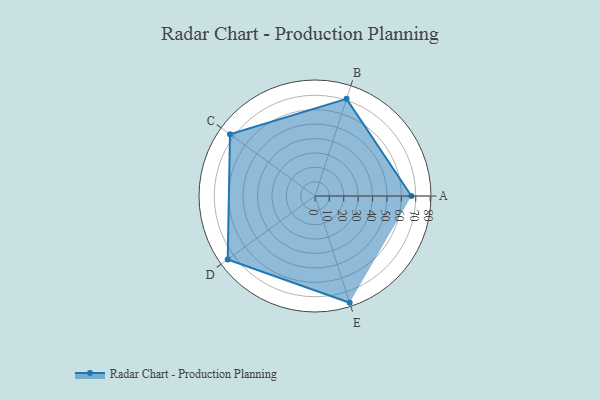
{"axis": {"x": "Skill", "y": "Score"}, "legend": ["Profile"], "data": [{"x": "A", "y": 67.0, "type": "Profile"}, {"x": "B", "y": 71.0, "type": "Profile"}, {"x": "C", "y": 73.0, "type": "Profile"}, {"x": "D", "y": 75.0, "type": "Profile"}, {"x": "E", "y": 78.0, "type": "Profile"}]}